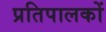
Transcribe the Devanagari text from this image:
प्रतिपालकों